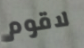
لاقوم